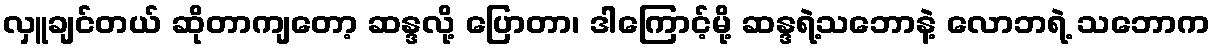
လှူချင်တယ် ဆိုတာကျတော့ ဆန္ဒလို့ ပြောတာ၊ ဒါကြောင့်မို့ ဆန္ဒရဲ့သဘောနဲ့ လောဘရဲ့ သဘောက